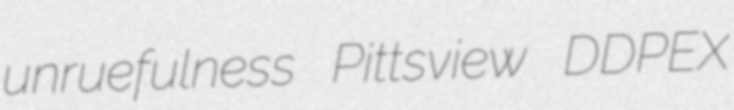
unruefulness Pittsview DDPEX